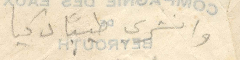
وانشري طيبًأ ذكيأ